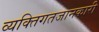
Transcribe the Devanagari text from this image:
व्यक्तिगतजानकारी